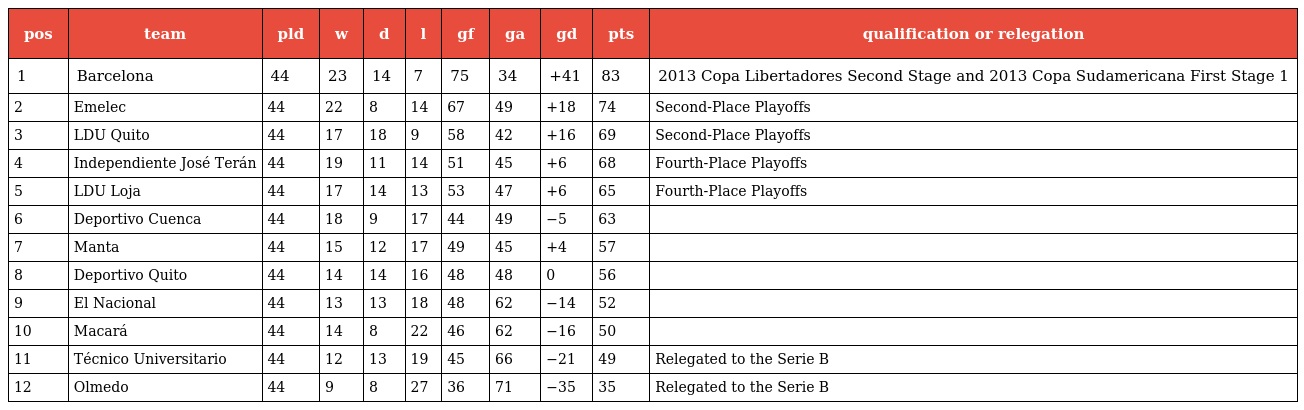
| pos | team | pld | w | d | l | gf | ga | gd | pts | qualification or relegation |
 | --- | --- | --- | --- | --- | --- | --- | --- | --- | --- | --- |
 | 1 | Barcelona | 44 | 23 | 14 | 7 | 75 | 34 | +41 | 83 | 2013 Copa Libertadores Second Stage and 2013 Copa Sudamericana First Stage 1 |
 | 2 | Emelec | 44 | 22 | 8 | 14 | 67 | 49 | +18 | 74 | Second-Place Playoffs |
 | 3 | LDU Quito | 44 | 17 | 18 | 9 | 58 | 42 | +16 | 69 | Second-Place Playoffs |
 | 4 | Independiente José Terán | 44 | 19 | 11 | 14 | 51 | 45 | +6 | 68 | Fourth-Place Playoffs |
 | 5 | LDU Loja | 44 | 17 | 14 | 13 | 53 | 47 | +6 | 65 | Fourth-Place Playoffs |
 | 6 | Deportivo Cuenca | 44 | 18 | 9 | 17 | 44 | 49 | −5 | 63 |  |
 | 7 | Manta | 44 | 15 | 12 | 17 | 49 | 45 | +4 | 57 |  |
 | 8 | Deportivo Quito | 44 | 14 | 14 | 16 | 48 | 48 | 0 | 56 |  |
 | 9 | El Nacional | 44 | 13 | 13 | 18 | 48 | 62 | −14 | 52 |  |
 | 10 | Macará | 44 | 14 | 8 | 22 | 46 | 62 | −16 | 50 |  |
 | 11 | Técnico Universitario | 44 | 12 | 13 | 19 | 45 | 66 | −21 | 49 | Relegated to the Serie B |
 | 12 | Olmedo | 44 | 9 | 8 | 27 | 36 | 71 | −35 | 35 | Relegated to the Serie B |